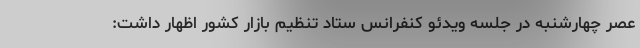
عصر چهارشنبه در جلسه ویدئو کنفرانس ستاد تنظیم بازار کشور اظهار داشت: